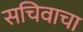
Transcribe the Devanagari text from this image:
सचिवाचा